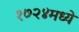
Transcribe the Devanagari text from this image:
१७२४मध्ये